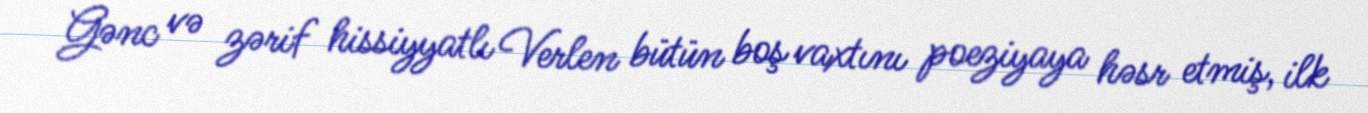
Gənc və zərif hissiyyatlı Verlen bütün boş vaxtını poeziyaya həsr etmiş, ilk